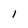
Character: l